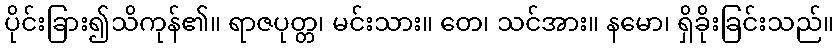
ပိုင်းခြား၍သိကုန်၏။ ရာဇပုတ္တ၊ မင်းသား။ တေ၊ သင်အား။ နမော၊ ရှိခိုးခြင်းသည်။